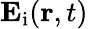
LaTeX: \mathbf{E}_{\mathrm{i}}(\mathbf{r},t)